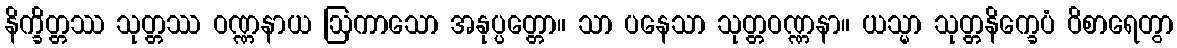
နိက္ခိတ္တဿ သုတ္တဿ ဝဏ္ဏနာယ ဩကာသော အနုပ္ပတ္တော။ သာ ပနေသာ သုတ္တဝဏ္ဏနာ။ ယသ္မာ သုတ္တနိက္ခေပံ ဝိစာရေတွာ